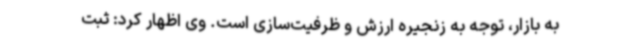
به بازار، توجه به زنجیره ارزش و ظرفیت‌سازی است. وی اظهار کرد: ثبت